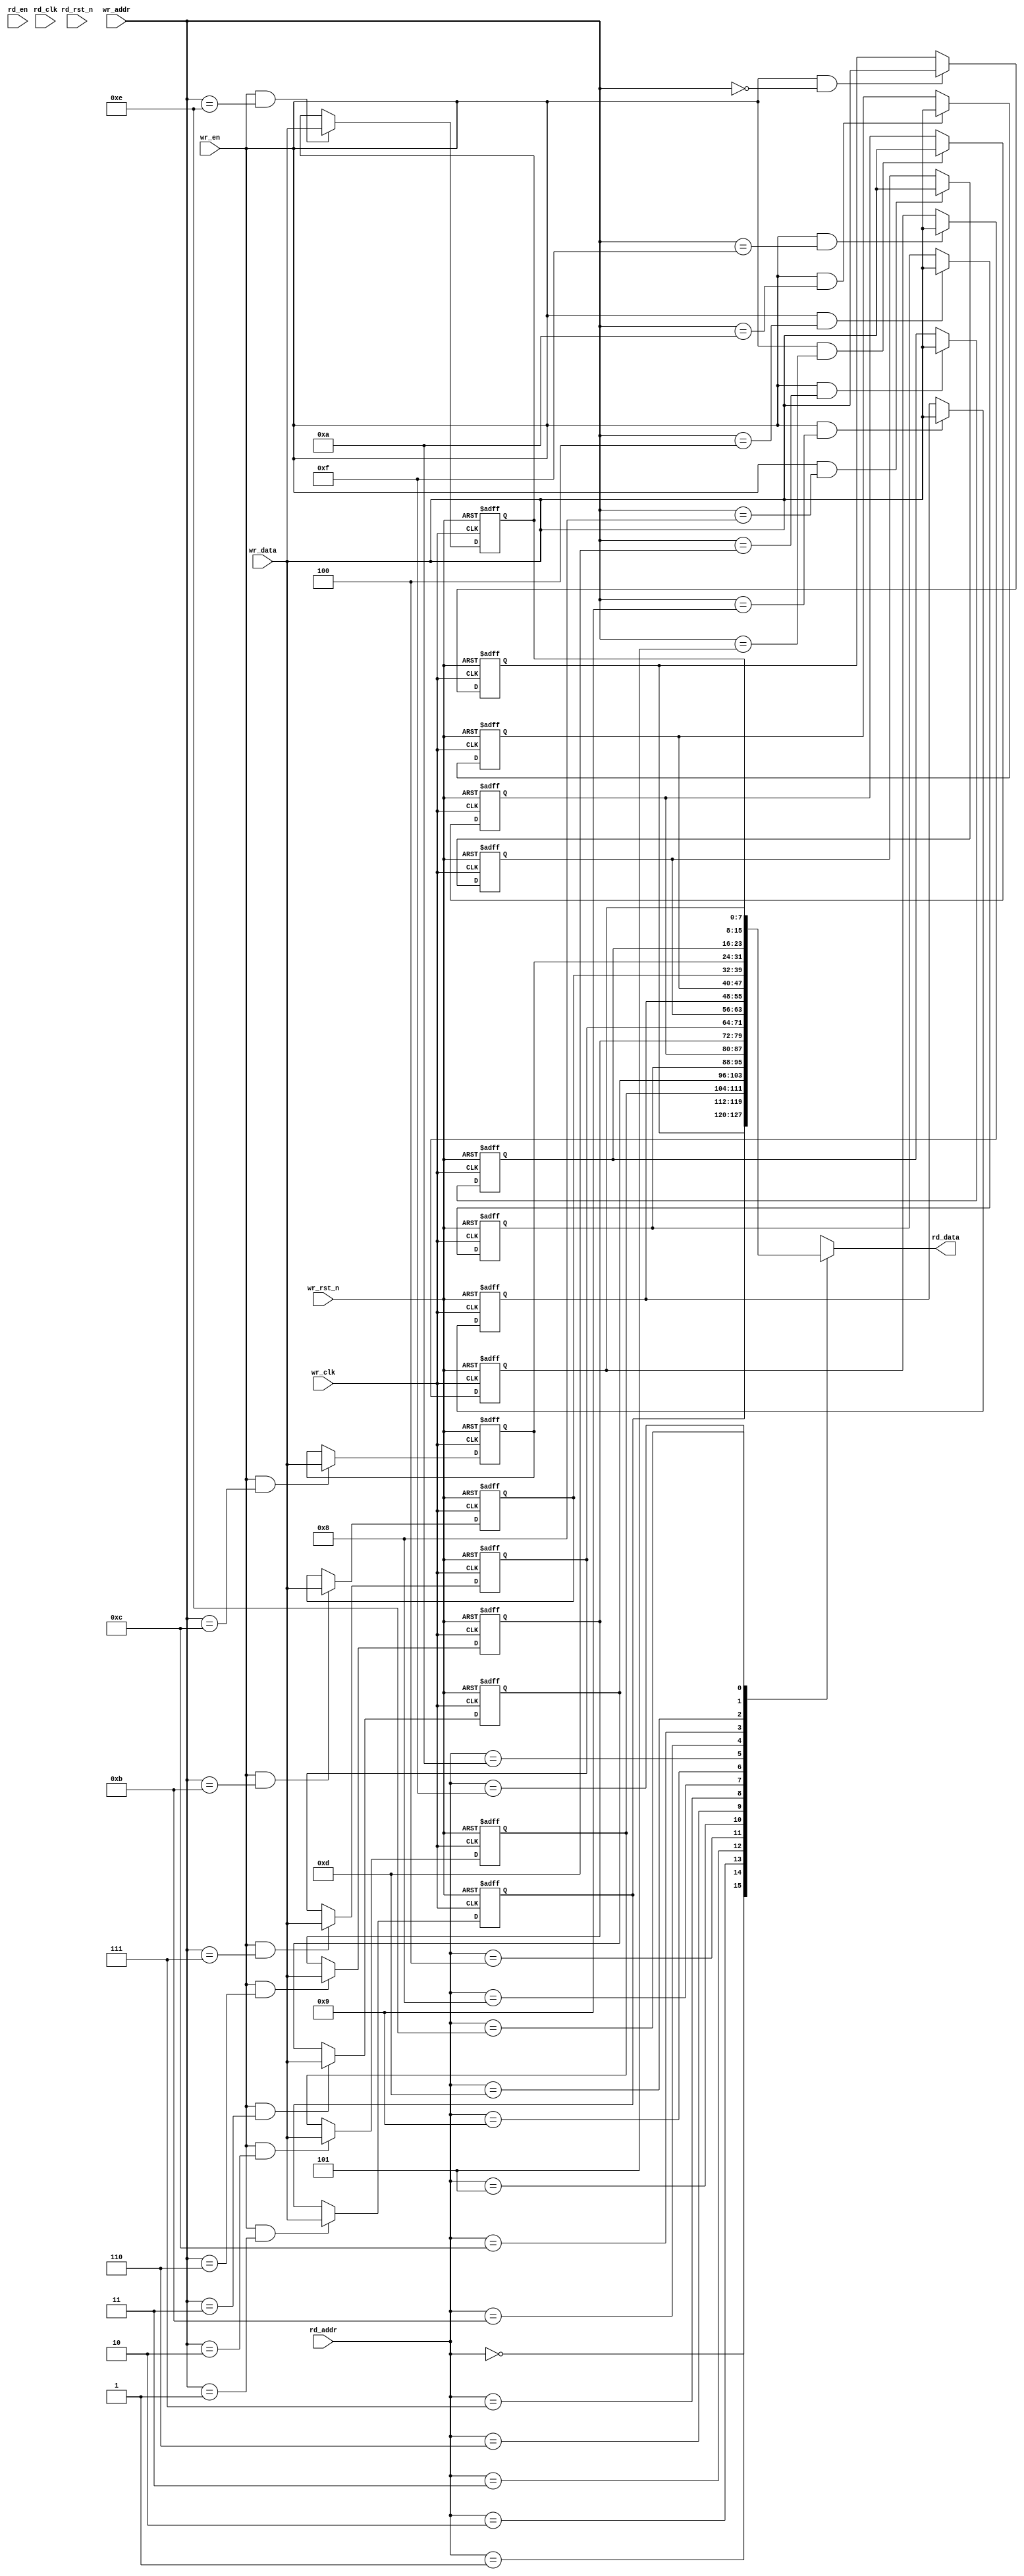
module dualport_ram_async #(
    parameter DATA_WIDTH = 8,
    parameter ADDR_WIDTH = 4  //ram depth is equal to 2^ADDR_WIDTH
)(
    input                   wr_clk  ,
    input                   wr_rst_n,
    input                   wr_en   ,
    input  [ADDR_WIDTH-1:0] wr_addr ,
    input  [DATA_WIDTH-1:0] wr_data ,
    input                   rd_clk  ,
    input                   rd_rst_n,
    input                   rd_en   ,
    input  [ADDR_WIDTH-1:0] rd_addr ,
    output [DATA_WIDTH-1:0] rd_data
);
    
localparam  RAM_DEPTH = 1<<ADDR_WIDTH;

reg [DATA_WIDTH-1:0] mem [RAM_DEPTH-1:0];

generate
genvar i;
for(i=0;i<RAM_DEPTH;i=i+1) begin:mem_assign
    always @ (posedge wr_clk or negedge wr_rst_n)
    begin
        if(!wr_rst_n)
            mem[i] <= {DATA_WIDTH{1'b0}};
        else if(wr_en & (wr_addr==i))
            mem[i] <= wr_data;
    end 
end 
endgenerate
    
assign rd_data = mem[rd_addr];
endmodule